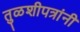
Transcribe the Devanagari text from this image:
तुळशीपत्रांनी